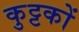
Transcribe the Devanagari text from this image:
कुट्टकों